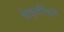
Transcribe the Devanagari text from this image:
मेड़तीयों